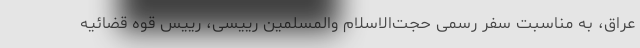
عراق، به مناسبت سفر رسمی حجت‌الاسلام والمسلمین رییسی، رییس قوه قضائیه